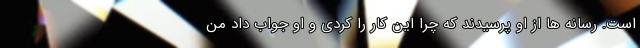
است. رسانه ها از او پرسیدند که چرا این کار را کردی و او جواب داد من